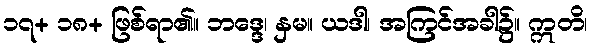
၁၇+ ၁၈+ ဖြစ်ရာ၏။ ဘဒ္ဒေ၊ နှမ။ ယဒါ၊ အကြင်အခါ၌။ ဣတိ၊